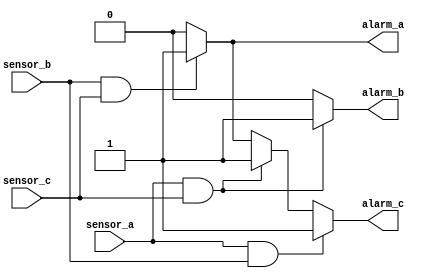
module priority_sensor(sensor_a,sensor_b,sensor_c,alarm_a,alarm_b,alarm_c);
input sensor_a,sensor_b,sensor_c;
output reg alarm_a,alarm_b,alarm_c;
always@(sensor_a,sensor_b,sensor_c)
begin
alarm_a=0;
alarm_b=0;
alarm_c=0;
if(sensor_b && sensor_c)
begin
alarm_a=1;
alarm_c=1;
end
if(sensor_a && sensor_c)
begin
alarm_b=1;
alarm_c=1;
end
if(sensor_a && sensor_b)
alarm_c=1;
end
endmodule